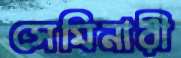
সেমিনারী